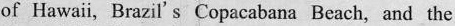
of Hawaii, Brazil's Copacabana Beach, and the